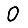
Digit: 0